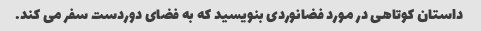
داستان کوتاهی در مورد فضانوردی بنویسید که به فضای دوردست سفر می کند.